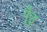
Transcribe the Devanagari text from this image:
पूँछु